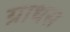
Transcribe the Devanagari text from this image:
ग्राथस